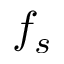
f _ { s }